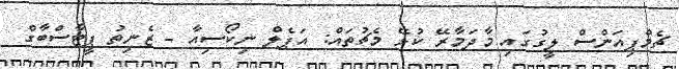
ޗެމްޕިއަންސް ލީގުގައި މާދަމާރޭ ކުޅޭ މެޗުތައް: އަޕެލް ނިކޯސިއާ - ޒެނިތު ޕީޓާސްބާގް